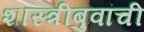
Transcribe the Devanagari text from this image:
शास्त्रीबुवांची